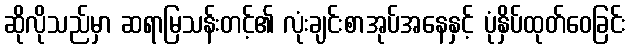
ဆိုလိုသည်မှာ ဆရာမြသန်းတင့်၏ လုံးချင်းစာအုပ်အနေနှင့် ပုံနှိပ်ထုတ်ဝေခြင်း